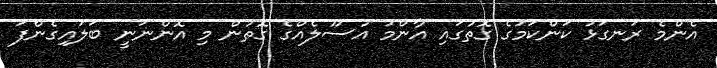
އެންމެ ރަނގަޅު ކަންކަމުގެ ގޮތުގައި އާންމު އުސޫލެއްގެ ގޮތުުން މި އޮންނަނީ ބަލައިގެންފަ